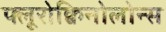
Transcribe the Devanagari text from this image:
फ्लूरोक्विनोलोन्स